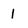
Character: 1